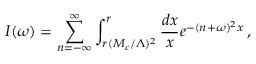
I ( \omega ) = \sum _ { n = - \infty } ^ { \infty } \int _ { r ( M _ { c } / \Lambda ) ^ { 2 } } ^ { r } \frac { d x } { x } e ^ { - ( n + \omega ) ^ { 2 } x } \, ,